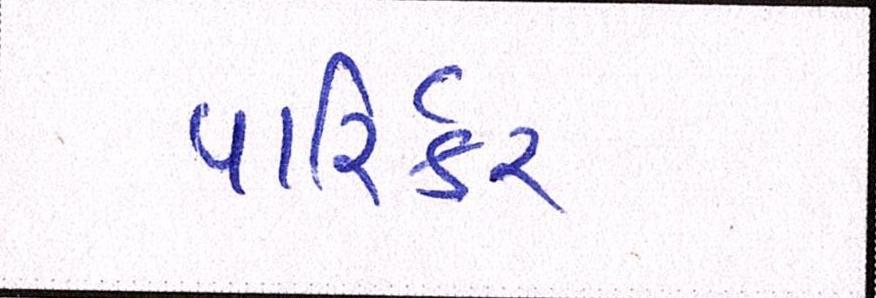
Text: પારિર્કર